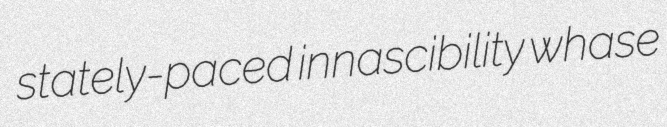
stately-paced innascibility whase